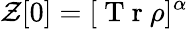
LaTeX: \mathcal{Z}[0]=[\mathrm{~T~r~}\rho]^{\alpha}